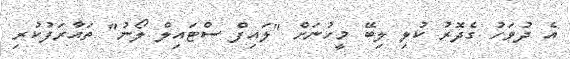
އެ ދުވަހު ގެދޮރު ކުލި ލިބޭ މީހުނަށް "ލައިފް ސްޓައިލް ލޯނު" ތައާރަފުކުރި